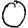
Digit: 0